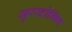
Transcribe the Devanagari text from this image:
सुरस्टोमिंग